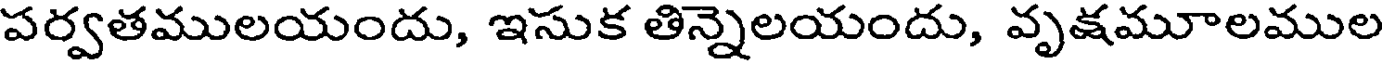
పర్వతములయందు, ఇసుక తిన్నాలయందు, వృకమూలముల